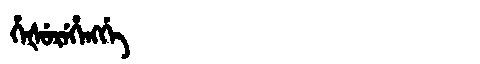
Manchu: ᡥᡝᡧᡠᡵᡝᡥᡝᠩᡤᡝ
Romanization: HEŠUREHENGGE